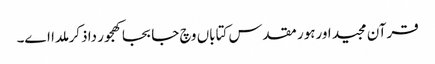
قرآن مجید اورہور مقدس کتاباں وچ جابجا کھجور دا ذکر ملدا ا‏‏ے۔